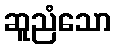
ဆူညံသော